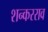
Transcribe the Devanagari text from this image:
शन्करराव